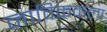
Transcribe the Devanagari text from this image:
नाविककला